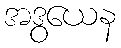
အဒွယေန